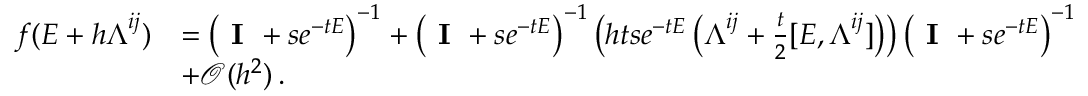
\begin{array} { r l } { f ( \boldsymbol { E } + h \boldsymbol { \Lambda } ^ { i j } ) } & { = \left( \textbf { I } + s e ^ { - t \boldsymbol { E } } \right) ^ { - 1 } + \left( \textbf { I } + s e ^ { - t \boldsymbol { E } } \right) ^ { - 1 } \left( h t s e ^ { - t \boldsymbol { E } } \left( \boldsymbol { \Lambda } ^ { i j } + \frac { t } { 2 } [ \boldsymbol { E } , \boldsymbol { \Lambda } ^ { i j } ] \right) \right) \left( \textbf { I } + s e ^ { - t \boldsymbol { E } } \right) ^ { - 1 } } \\ & { + \mathcal { O } ( h ^ { 2 } ) \, . } \end{array}